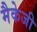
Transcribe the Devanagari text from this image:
मैकेजी